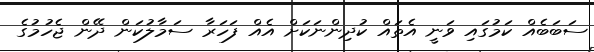
ސަބަބެއް ކަމުގައި ވަނީ އެތައް ކުދިންނަކަށް އެއް ފަހަރާ ސަމާލުކަން ދޭން ޖެހުމުގެ